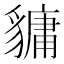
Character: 𧴄